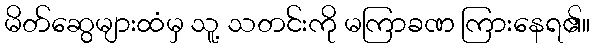
မိတ်ဆွေများထံမှ သူ့ သတင်းကို မကြာခဏ ကြားနေရ၏။